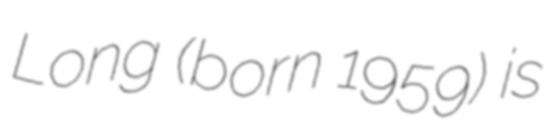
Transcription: Long (born 1959) is